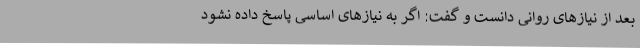
بعد از نیازهای روانی دانست و گفت: اگر به نیازهای اساسی پاسخ داده نشود